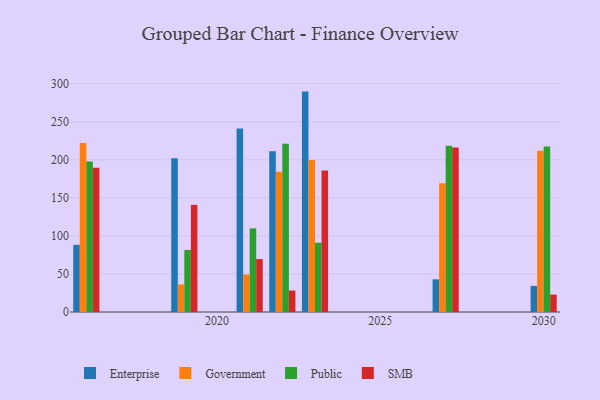
{"axis": {"x": "Year", "y": "Budget (USD K)"}, "legend": ["Enterprise", "Government", "Public", "SMB"], "data": [{"x": "2030", "y": 34.3, "type": "Enterprise"}, {"x": "2030", "y": 212.0, "type": "Government"}, {"x": "2030", "y": 217.5, "type": "Public"}, {"x": "2030", "y": 22.9, "type": "SMB"}, {"x": "2023", "y": 289.7, "type": "Enterprise"}, {"x": "2023", "y": 199.8, "type": "Government"}, {"x": "2023", "y": 91.1, "type": "Public"}, {"x": "2023", "y": 186.1, "type": "SMB"}, {"x": "2022", "y": 211.4, "type": "Enterprise"}, {"x": "2022", "y": 184.5, "type": "Government"}, {"x": "2022", "y": 221.2, "type": "Public"}, {"x": "2022", "y": 28.2, "type": "SMB"}, {"x": "2021", "y": 241.2, "type": "Enterprise"}, {"x": "2021", "y": 49.3, "type": "Government"}, {"x": "2021", "y": 109.9, "type": "Public"}, {"x": "2021", "y": 69.6, "type": "SMB"}, {"x": "2027", "y": 42.9, "type": "Enterprise"}, {"x": "2027", "y": 169.1, "type": "Government"}, {"x": "2027", "y": 218.5, "type": "Public"}, {"x": "2027", "y": 216.3, "type": "SMB"}, {"x": "2019", "y": 202.0, "type": "Enterprise"}, {"x": "2019", "y": 36.3, "type": "Government"}, {"x": "2019", "y": 81.5, "type": "Public"}, {"x": "2019", "y": 140.8, "type": "SMB"}, {"x": "2016", "y": 88.3, "type": "Enterprise"}, {"x": "2016", "y": 222.3, "type": "Government"}, {"x": "2016", "y": 197.9, "type": "Public"}, {"x": "2016", "y": 189.7, "type": "SMB"}]}